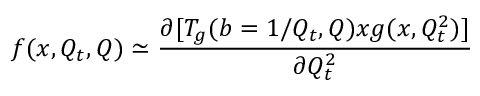
f ( x , Q _ { t } , Q ) \simeq { \frac { \partial [ T _ { g } ( b = 1 / Q _ { t } , Q ) x g ( x , Q _ { t } ^ { 2 } ) ] } { \partial Q _ { t } ^ { 2 } } }